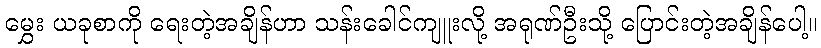
မွှေး ယခုစာကို ရေးတဲ့အချိန်ဟာ သန်းခေါင်ကျူးလို့ အရုဏ်ဦးသို့ ပြောင်းတဲ့အချိန်ပေါ့။